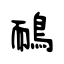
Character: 鴯